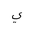
Letter: _ya